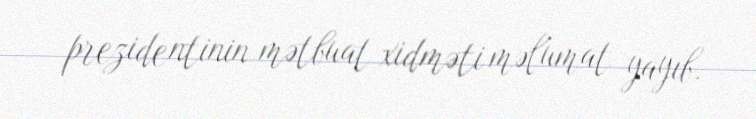
prezidentinin mətbuat xidməti məlumat yayıb.